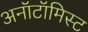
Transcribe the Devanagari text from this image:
अनॉटॉमिस्ट